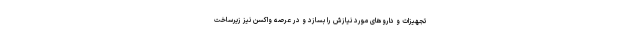
تجهیزات و داروهای مورد نیازش را بسازد و در عرصه واکسن نیز زیرساخت